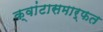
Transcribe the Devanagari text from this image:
क्वांटासमार्फत